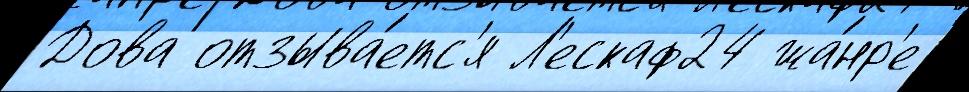
Дова отзыва́етс'я Л'ескаф24 жа́нр'е